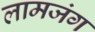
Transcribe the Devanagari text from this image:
लामजंग